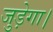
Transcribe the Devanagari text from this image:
जुड़ेगा।